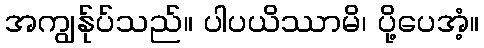
အကျွန်ုပ်သည်။ ပါပယိဿာမိ၊ ပို့ပေအံ့။